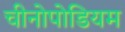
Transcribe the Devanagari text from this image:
चीनोपोडियम